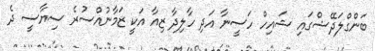
ބަންގްލަދޭޝްގައި ޝައިހް ހަސީނާ އަދި ހާލިދާ ޒިއާ އަކީ ޒަމާނުއްސުރެ ސިޔާސީ ދެ